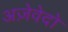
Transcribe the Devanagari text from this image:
अज़ेवेदो